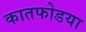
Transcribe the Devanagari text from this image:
कातफोडया